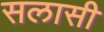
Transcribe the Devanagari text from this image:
सलासी